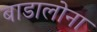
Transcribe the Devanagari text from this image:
बाडालोना